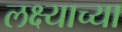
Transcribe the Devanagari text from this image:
लक्ष्याच्या